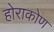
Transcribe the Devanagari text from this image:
होराकोण